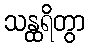
သန္ထရိတွာ